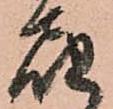
届